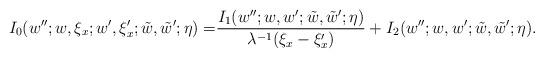
LaTeX: \begin{align*}I_0(w'';w,\xi_x;w',\xi'_x;\tilde{w},\tilde{w}';\eta)=&\frac{I_1(w'';w,w';\tilde{w},\tilde{w}';\eta)}{\lambda^{-1}(\xi_x-\xi'_x)}+I_2(w'';w,w';\tilde{w},\tilde{w}';\eta).\end{align*}